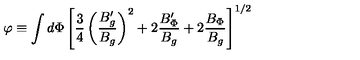
\varphi \equiv \int d \Phi \left[ { \frac { 3 } { 4 } } \left( { \frac { B _ { g } ^ { \prime } } { B _ { g } } } \right) ^ { 2 } + 2 { \frac { B _ { \Phi } ^ { \prime } } { B _ { g } } } + 2 { \frac { B _ { \Phi } } { B _ { g } } } \right] ^ { 1 / 2 }